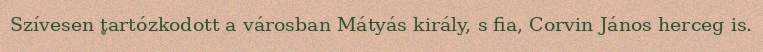
Szívesen tartózkodott a városban Mátyás király, s fia, Corvin János herceg is.